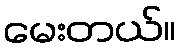
မေးတယ်။